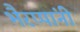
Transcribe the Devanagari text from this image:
भैरप्पांनी